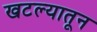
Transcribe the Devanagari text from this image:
खटल्यातून